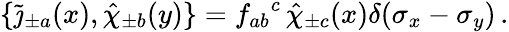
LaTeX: \{ \widetilde\jmath_{\pm a}(x),\hat{\chi}_{\pm b}(y)\} ={f_{ab}}^{c}\, \hat{\chi}_{\pm c}(x)\delta(\sigma_{x}-\sigma_{y})\, .